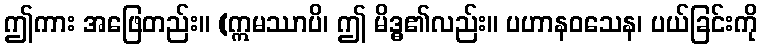
ဤကား အဖြေတည်း။ (ဣမဿာပိ၊ ဤ မိဒ္ဓ၏လည်း။ ပဟာနဝသေန၊ ပယ်ခြင်းကို